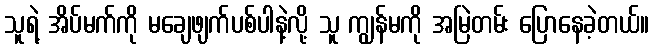
သူရဲ့ အိပ်မက်ကို မချေဖျက်ပစ်ပါနဲ့လို့ သူ ကျွန်မကို အမြဲတမ်း ပြောနေခဲ့တယ်။